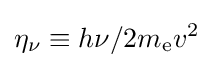
\eta _{\nu }\equiv h\nu /2m_{\text{e}}v^{2}